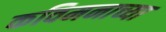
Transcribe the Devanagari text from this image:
कविमनाच्या